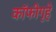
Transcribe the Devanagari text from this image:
कॉफीगृहे